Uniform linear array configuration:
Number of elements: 16
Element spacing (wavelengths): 1
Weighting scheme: cosine
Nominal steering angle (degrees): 30
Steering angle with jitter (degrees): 29.59
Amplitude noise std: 0.05
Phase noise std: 0.05

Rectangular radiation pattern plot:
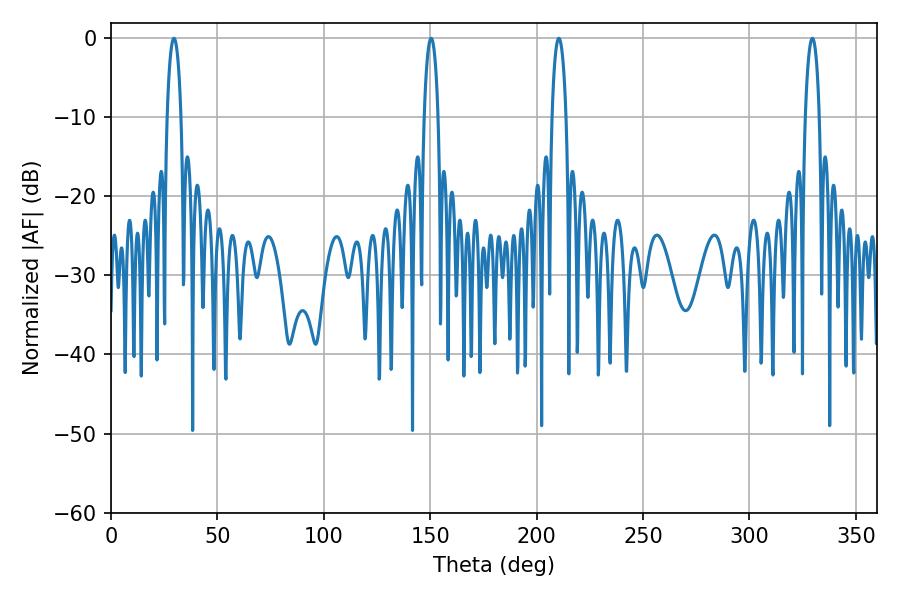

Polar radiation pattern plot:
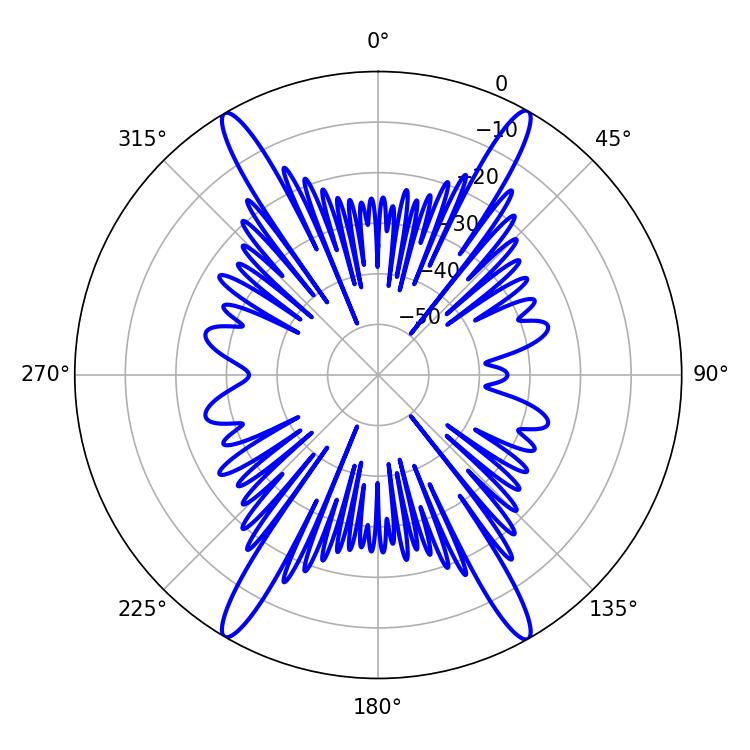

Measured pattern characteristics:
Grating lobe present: TRUE
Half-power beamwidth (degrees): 3.6
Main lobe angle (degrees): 210.42